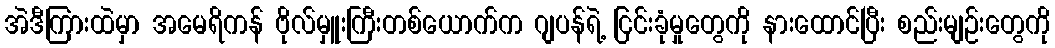
အဲဒီကြားထဲမှာ အမေရိကန် ဗိုလ်မှူးကြီးတစ်ယောက်က ဂျပန်ရဲ့ ငြင်းခုံမှုတွေကို နားထောင်ပြီး စည်းမျဉ်းတွေကို